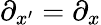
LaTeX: \partial_{x^{\prime}}=\partial_{x}